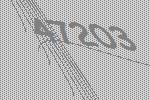
47203